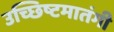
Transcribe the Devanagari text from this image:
उच्छिष्टमातंगी